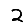
Digit: 2